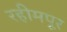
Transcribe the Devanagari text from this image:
रहीमपूर